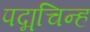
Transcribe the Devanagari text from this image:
पद्मचिन्ह